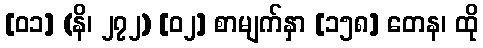
[၀၁] (နိ၊ ၂၇၂) [၀၂] စာမျက်နှာ [၁၅၈] တေန၊ ထို